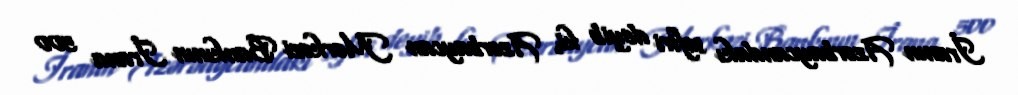
İranın Azərbaycandakı səfiri deyib ki, Azərbaycan Mərkəzi Bankının İrana 500